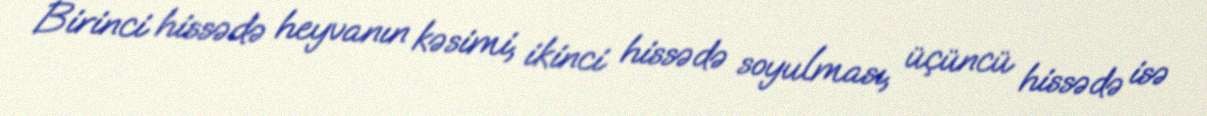
Birinci hissədə heyvanın kəsimi, ikinci hissədə soyulması, üçüncü hissədə isə